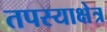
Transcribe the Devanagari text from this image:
तपस्याक्षेत्र